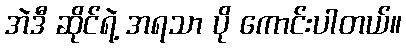
အဲဒီ ဆိုင်ရဲ့ အရသာ ပို ကောင်းပါတယ်။